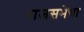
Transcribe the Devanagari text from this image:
राजसभेचा